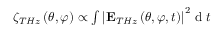
\begin{array} { r } { \ { \zeta _ { T H z } } \left( { \theta , \varphi } \right) \propto \int { { \left| { { \mathbf { E } _ { T H z } } \left( { \theta , \varphi , t } \right) } \right| ^ { 2 } } } \textrm { d } t } \end{array}